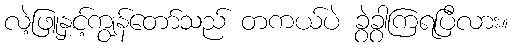
လဲ့ဖြူနှင့်ကျွန်တော်သည် တကယ်ပဲ ခွဲခွာကြရပြီလား။